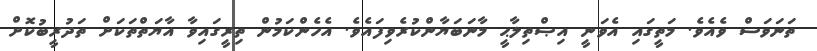
ތަނަވަސް ވެއެވެ. މަތީގައި އެވަނީ އިޞްތިލާޙީ މާނަބަޔާންކުރެވިފައެވެ. އެހެންކަމުން ތިރީގައިވާ އާޔަތްތަކަށް ތަދުރީބުކޮށް